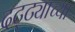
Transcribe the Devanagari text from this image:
दट्ट्याच्या